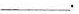
___.